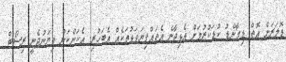
ޑޮލަރަށް އޮތް ޑިމާންޑު ކުޑަކުރުމަށް އެޅިދާނެ އެތައްފިޔަވަޅުތަކެއް އެބަހުރި. އެކަންކަން ވިޔަނުދެނީ ރިސޯޓް